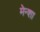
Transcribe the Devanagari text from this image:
मेन्शा